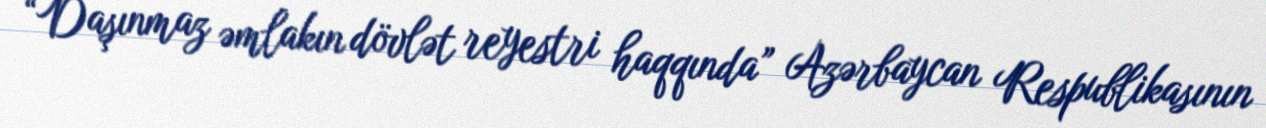
“Daşınmaz əmlakın dövlət reyestri haqqında” Azərbaycan Respublikasının